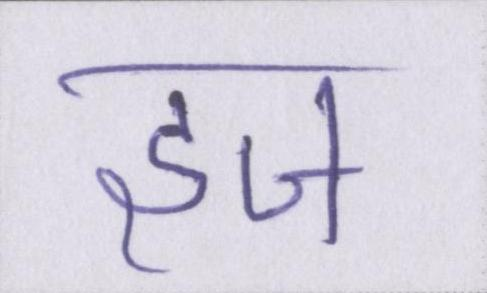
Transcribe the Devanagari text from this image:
इज